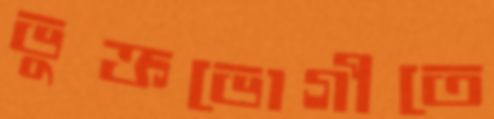
ভুক্তভোগীতে